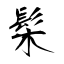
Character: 髤